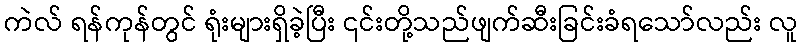
ကဲလ် ရန်ကုန်တွင် ရုံးများရှိခဲ့ပြီး ၎င်းတို့သည်ဖျက်ဆီးခြင်းခံရသော်လည်း လူ